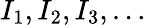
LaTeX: I_{1},I_{2},I_{3},\dots